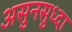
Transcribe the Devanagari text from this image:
असुनसुध्दा